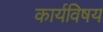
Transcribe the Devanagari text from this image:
कार्यविषय